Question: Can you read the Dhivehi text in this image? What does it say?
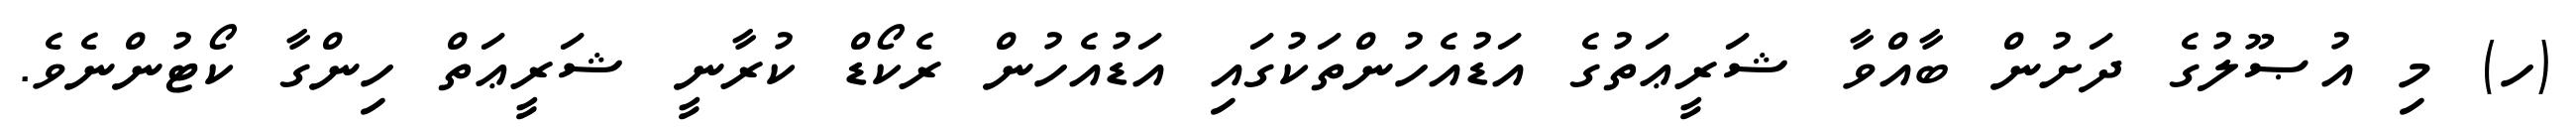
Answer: (ހ) މި އުޞޫލުގެ ދަށުން ބާއްވާ ޝަރީޢަތުގެ އަޑުއެހުންތަކުގައި އަޑުއެހުން ރެކޯޑް ކުރާނީ ޝަރީޢަތް ހިންގާ ކޯޓުންނެވެ.